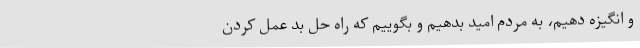
و انگیزه دهیم، به مردم امید بدهیم و بگوییم که راه حل بد عمل کردن